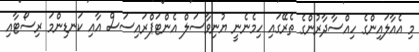
މި އެއާލައިންގެ ހިއްސާދާރުންގެ ތެރޭގައި ހިމެނެނީ ޔުނިވާސަލް އެންޓަޕްރައިސަސް އާއި ކަނޑިންމަ ރިސޯޓާއި